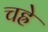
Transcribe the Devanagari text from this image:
चह्रे